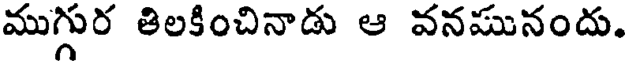
ముగ్గుర తిలకించినాడు ఆ వనమునందు.